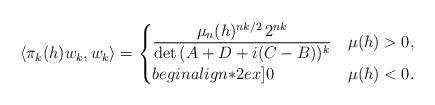
LaTeX: \begin{align*} \langle\pi_k(h)w_k,w_k\rangle=\begin{cases} \displaystyle\frac{\mu_n(h)^{nk/2}\,2^{nk}}{\det{(A+D+i(C-B))^k}}&\mu(h)>0,\\begin{align*}2ex] 0&\mu(h)<0. \end{cases}\end{align*}